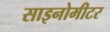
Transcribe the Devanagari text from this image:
साइनोमीटर